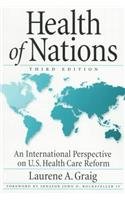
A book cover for Health Of Nations: An International Perspective On Us Health Care Reform, 3d Edition; Laurene Graig; Medical Books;